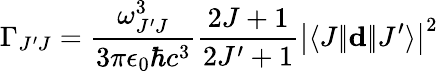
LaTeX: \Gamma_{J^{\prime}J}=\frac{\omega_{J^{\prime}J}^{3}}{3\pi\epsilon_{0}\hbar c^{3}}\frac{2J+1}{2J^{\prime}+1}\left|\langle J|\! |\mathbf{d}|\! |J^{\prime}\rangle\right|^{2}